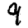
Digit: 9